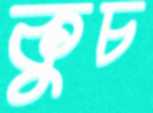
কুচ